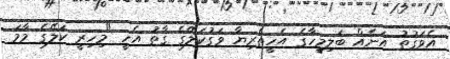
އެވަގުތު އަނެއް ބަލިމީހާގެ އެހީތެރިޔާ ވަގުކަލޭގެ ގާތު އެހީ "މިހިރީ ކަލޭގެ މާމަ